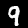
Label: 9